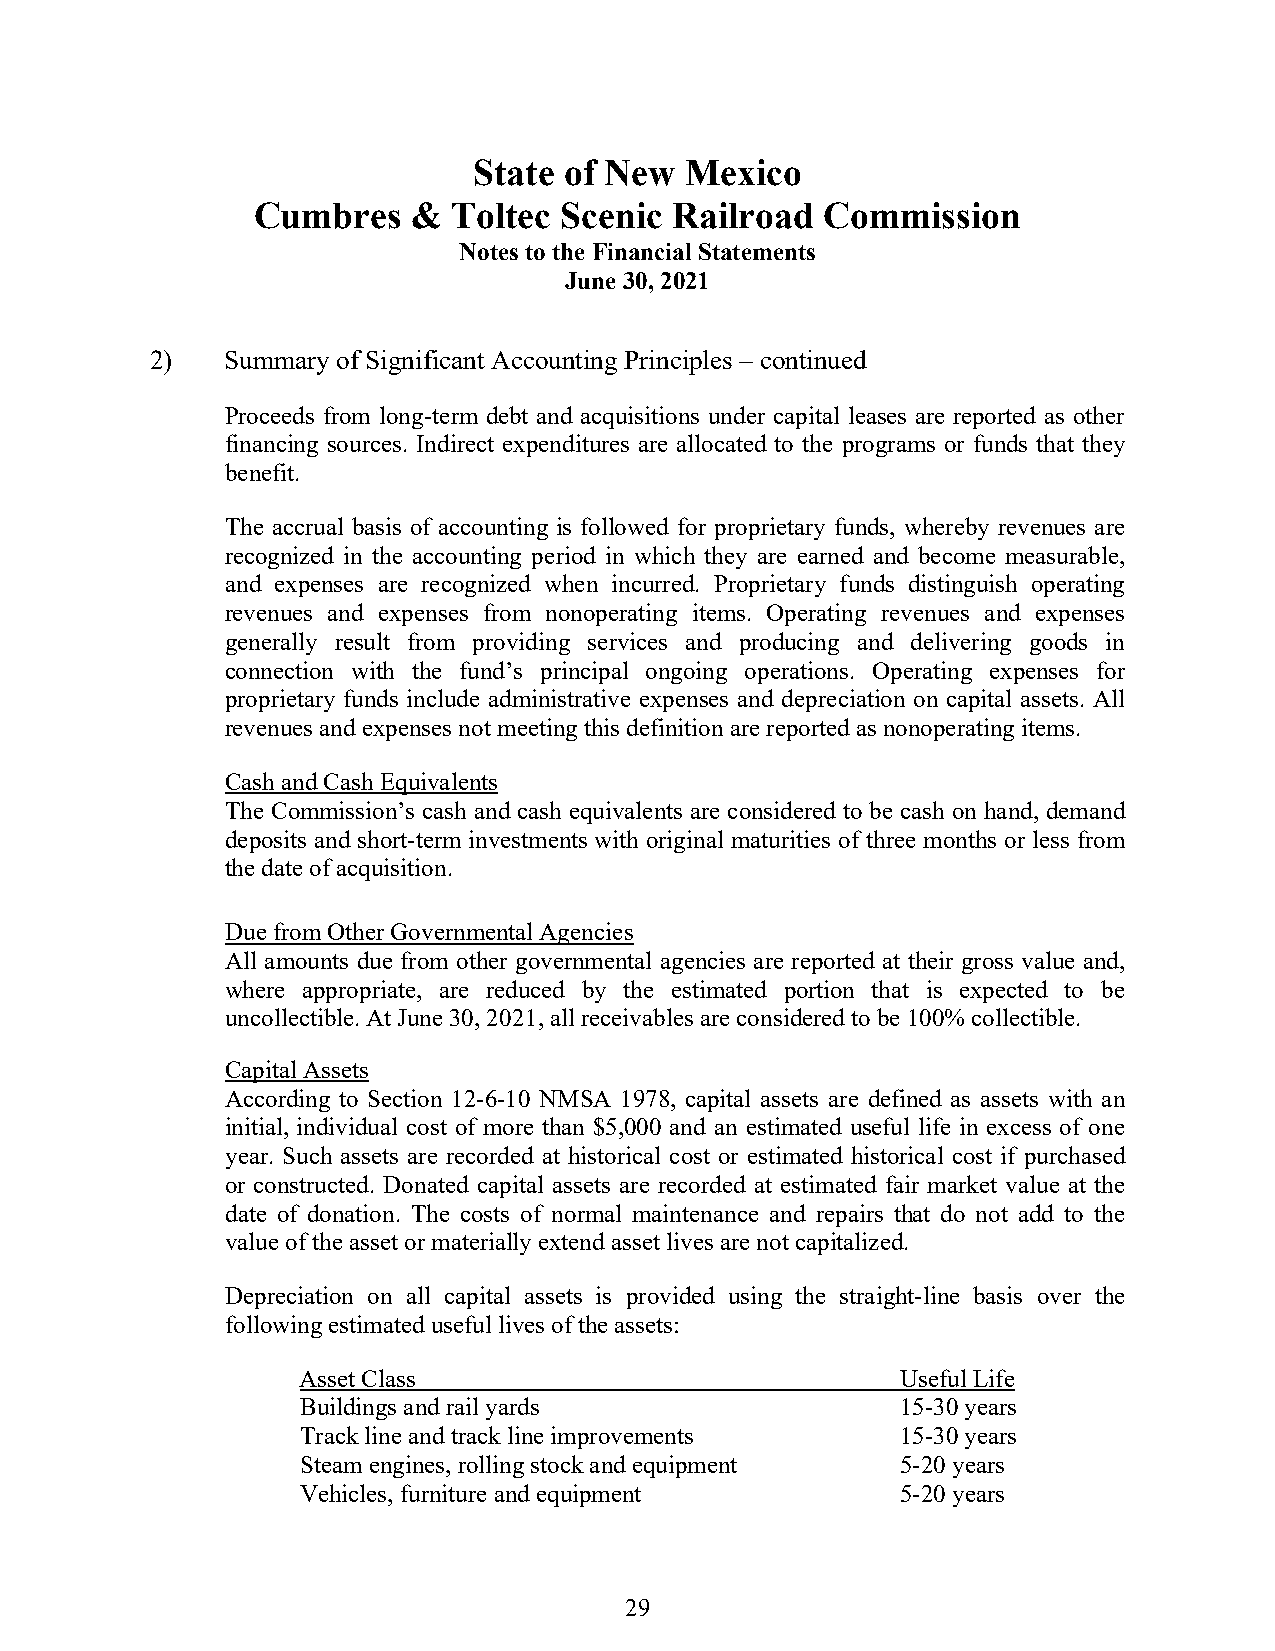
State of New  Mexico
 Cumbres   &  Toltec Scenic  Railroad  Commission
 Notes to the Financial Statements
 June 30, 2021
 2)   Summary of Significant Accounting Principles – continued
 Proceeds from long-term debt and acquisitions under capital leases are reported as other
 financing sources. Indirect expenditures are allocated to the programs or funds that they
 benefit.
 The accrual basis of accounting is followed for proprietary funds, whereby revenues are
 recognized in the accounting period in which they are earned and become measurable,
 and expenses are recognized when incurred. Proprietary funds distinguish operating
 revenues and expenses from nonoperating items. Operating revenues and expenses
 generally result from providing services and producing and delivering goods in
 connection with the fund’s principal ongoing operations. Operating expenses for
 proprietary funds include administrative expenses and depreciation on capital assets. All
 revenues and expenses not meeting this definition are reported as nonoperating items.
 Cash and Cash Equivalents
 The Commission’s cash and cash equivalents are considered to be cash on hand, demand
 deposits and short‐term investments with original maturities of three months or less from
 the date of acquisition.
 Due from Other Governmental Agencies
 All amounts due from other governmental agencies are reported at their gross value and,
 where appropriate, are reduced by the estimated portion that is expected to be
 uncollectible. At June 30, 2021, all receivables are considered to be 100% collectible.
 Capital Assets
 According to Section 12-6-10 NMSA 1978, capital assets are defined as assets with an
 initial, individual cost of more than $5,000 and an estimated useful life in excess of one
 year. Such assets are recorded at historical cost or estimated historical cost if purchased
 or constructed. Donated capital assets are recorded at estimated fair market value at the
 date of donation. The costs of normal maintenance and repairs that do not add to the
 value of the asset or materially extend asset lives are not capitalized.
 Depreciation on all capital assets is provided using the straight-line basis over the
 following estimated useful lives of the assets:
 Asset Class                             Useful Life
 Buildings and rail yards                15-30 years
 Track line and track line improvements  15-30 years
 Steam engines, rolling stock and equipment 5-20 years
 Vehicles, furniture and equipment       5-20 years
 29